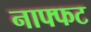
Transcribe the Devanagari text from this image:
नाफ्फट